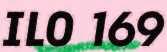
ILO 169